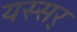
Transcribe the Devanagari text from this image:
यस्सर्